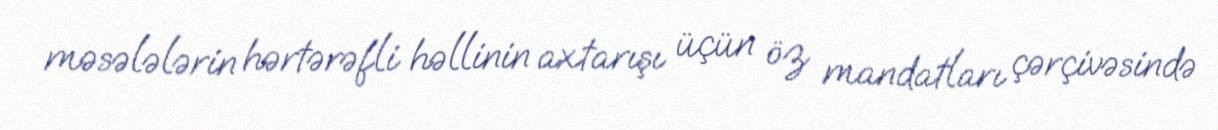
məsələlərin hərtərəfli həllinin axtarışı üçün öz mandatları çərçivəsində